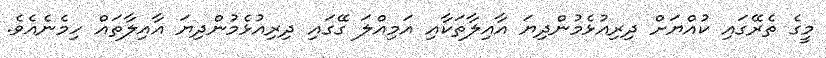
މީގެ ތެރޭގައި ކުއްޔަށް ދިރިއުޅެމުންދިޔަ އާއިލާތަކާއި އަމިއްލަ ގޭގައި ދިރިއުޅެމުންދިޔަ އާއިލާތައް ހިމެނެއެވެ.